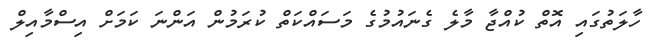
ހާލަތުގައި އޮތް ކުއްޖާ މާލެ ގެނައުމުގެ މަސައްކަތް ކުރަމުން އަންނަ ކަމަށް އިސްމާއިލް